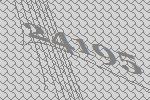
24195